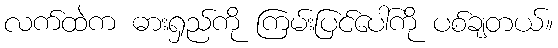
လက်ထဲက ဓားရှည်ကို ကြမ်းပြင်ပေါ်ကို ပစ်ချတယ်။